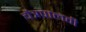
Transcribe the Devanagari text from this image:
चैत्रपालवी